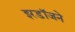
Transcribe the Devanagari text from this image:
इरडॉजने